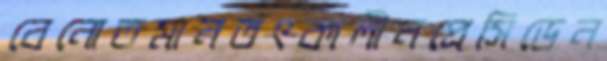
বেনোতমানতৎকালীনপ্রেসিডেন